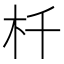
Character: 杄